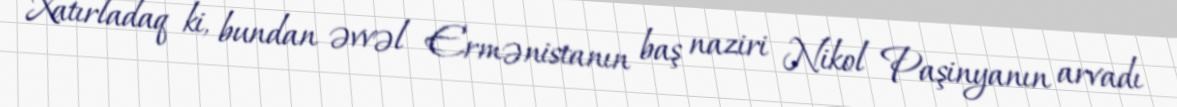
Xatırladaq ki, bundan əvvəl Ermənistanın baş naziri Nikol Paşinyanın arvadı